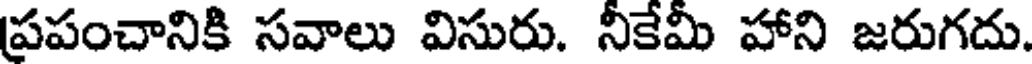
ప్రపంచానికి సవాలు విసురు. నీకేమీ హాని జరుగదు.